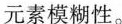
元素模糊性。